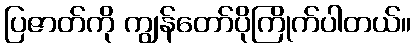
ပြဇာတ်ကို ကျွန်တော်ပိုကြိုက်ပါတယ်။